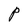
Character: P